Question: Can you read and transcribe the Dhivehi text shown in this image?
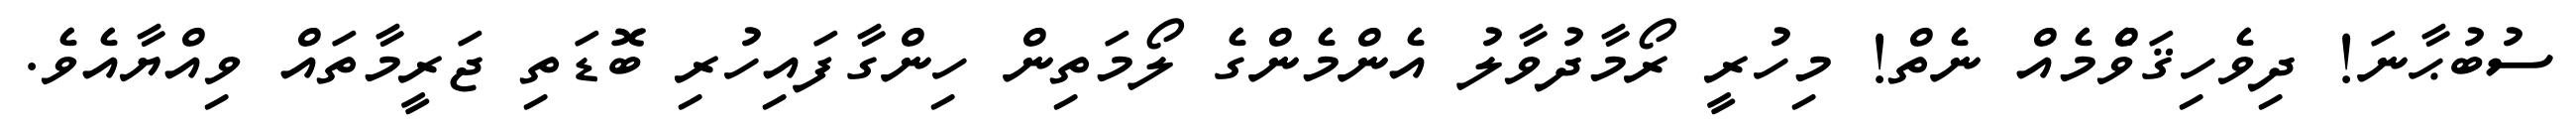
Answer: ސުބުޙާނަ! ދިވެހިޤަވްެމެއް ނެތް! މިހުރީ ރޯމާދުވާލު އެންމެންގެ ލޯމަތިން ހިންގާފައިހުރި ބޮޑަތި ޖަރީމާތައް ވިއްޔާއެވެ.